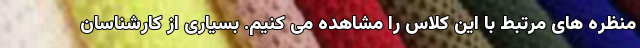
منظره های مرتبط با این کلاس را مشاهده می کنیم. بسیاری از کارشناسان